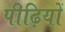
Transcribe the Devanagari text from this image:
पीढ़ियों